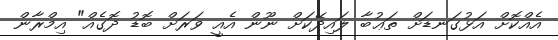
އެއްކޮށް އަޅުގަނޑަށް ތަޢުބާ ލައިދޭކަށް ނޫން އެއީ ވަރަށް ބޮޑު ދޮގެއް" އިމްރާން